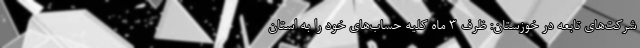
شرکت‌های تابعه در خوزستان: ظرف 3 ماه کلیه حساب‌های خود را به استان